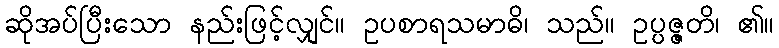
ဆိုအပ်ပြီးသော နည်းဖြင့်လျှင်။ ဥပစာရသမာဓိ၊ သည်။ ဥပ္ပဇ္ဇတိ၊ ၏။